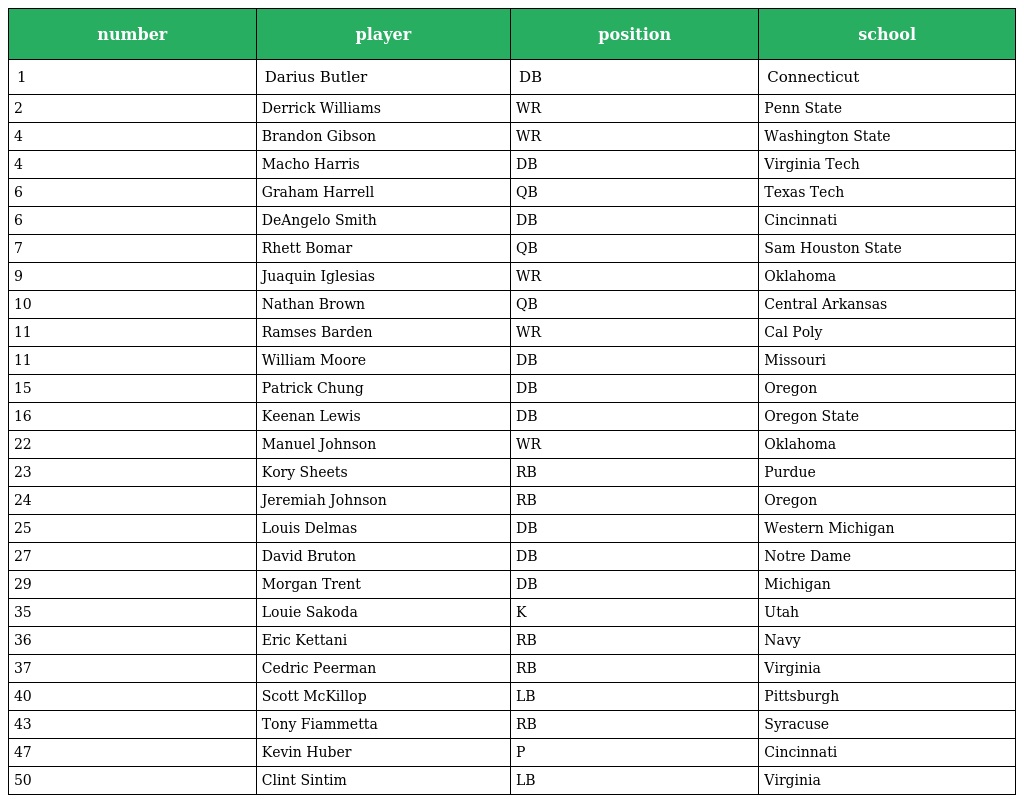
| number | player | position | school |
 | --- | --- | --- | --- |
 | 1 | Darius Butler | DB | Connecticut |
 | 2 | Derrick Williams | WR | Penn State |
 | 4 | Brandon Gibson | WR | Washington State |
 | 4 | Macho Harris | DB | Virginia Tech |
 | 6 | Graham Harrell | QB | Texas Tech |
 | 6 | DeAngelo Smith | DB | Cincinnati |
 | 7 | Rhett Bomar | QB | Sam Houston State |
 | 9 | Juaquin Iglesias | WR | Oklahoma |
 | 10 | Nathan Brown | QB | Central Arkansas |
 | 11 | Ramses Barden | WR | Cal Poly |
 | 11 | William Moore | DB | Missouri |
 | 15 | Patrick Chung | DB | Oregon |
 | 16 | Keenan Lewis | DB | Oregon State |
 | 22 | Manuel Johnson | WR | Oklahoma |
 | 23 | Kory Sheets | RB | Purdue |
 | 24 | Jeremiah Johnson | RB | Oregon |
 | 25 | Louis Delmas | DB | Western Michigan |
 | 27 | David Bruton | DB | Notre Dame |
 | 29 | Morgan Trent | DB | Michigan |
 | 35 | Louie Sakoda | K | Utah |
 | 36 | Eric Kettani | RB | Navy |
 | 37 | Cedric Peerman | RB | Virginia |
 | 40 | Scott McKillop | LB | Pittsburgh |
 | 43 | Tony Fiammetta | RB | Syracuse |
 | 47 | Kevin Huber | P | Cincinnati |
 | 50 | Clint Sintim | LB | Virginia |